Indian journal of veterinary science and animal husbandry - Volume 5,
Year: 1935
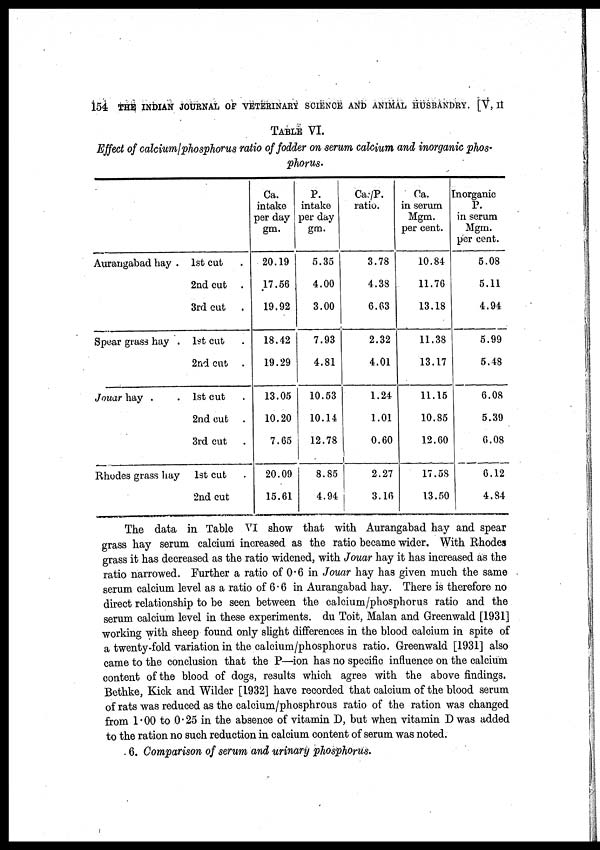
154 THE INDIAN JOURNAL OF VETERINARY SCIENCE AND ANIMAL HUSBANDRY. [V, II
TABLE VI.
Effect of calcium / phosphorus ratio of fodder on serum calcium and inorganic phos-
phorus.
Aurangabad hay .
Spear grass hay .
Jouar hay . .
Rhodes grass hay
1st cut .
2nd cut .
3rd cut .
1st cut .
2nd cut .
1st cut .
2nd cut .
3rd cut .
1st cut .
2nd cut .
Ca.
intake
per day
gm.
20.19
17.56
19.92
18.42
19.29
13.05
10.20
7.65
20.09
15.61
P.
intake
per day
gm.
5.35
4.00
3.00
7.93
4.81
10.53
10.14
12.78
8.85
4.94
Ca./P.
ratio.
3.78
4.38
6.63
2.32
4.01
1.24
1.01
0.60
2.27
3.16
Ca.
in serum
Mgm.
per cent.
10.84
11.76
13.18
11.38
13.17
11.15
10.85
12.60
17.58
13.50
Inorganic
P.
in serum
Mgm.
per cent.
5.08
5.11
4.94
5.99
5.48
6.08
5.39
6.08
6.12
4.84
The data in Table VI show that with Aurangabad hay and spear
grass hay serum calcium increased as the ratio became wider. With Rhodes
grass it has decreased as the ratio widened, with Jouar hay it has increased as the
ratio narrowed. Further a ratio of 0.6 in Jouar hay has given much the same
serum calcium level as a ratio of 6.6 in Aurangabad hay. There is therefore no
direct relationship to be seen between the calcium/phosphorus ratio and the
serum calcium level in these experiments. du Toit, Malan and Greenwald [1931]
working with sheep found only slight differences in the blood calcium in spite of
a twenty-fold variation in the calcium/phosphorus ratio. Greenwald [1931] also
came to the conclusion that the P—ion has no specific influence on the calcium
content of the blood of dogs, results which agree with the above findings.
Bethke, Kick and Wilder [1932] have recorded that calcium of the blood serum
of rats was reduced as the calcium/phosphrous ratio of the ration was changed
from 1.00 to 0.25 in the absence of vitamin D, but when vitamin D was added
to the ration no such reduction in calcium content of serum was noted.
6. Comparison of serum and urinary phosphorus.